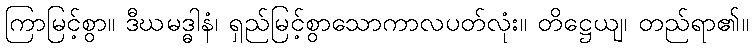
ကြာမြင့်စွာ။ ဒီဃမဒ္ဓါနံ၊ ရှည်မြင့်စွာသောကာလပတ်လုံး။ တိဋ္ဌေယျ၊ တည်ရာ၏။